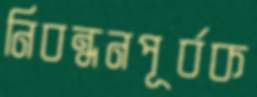
নিবন্ধনপূর্বক